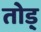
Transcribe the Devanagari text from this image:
तोड़्